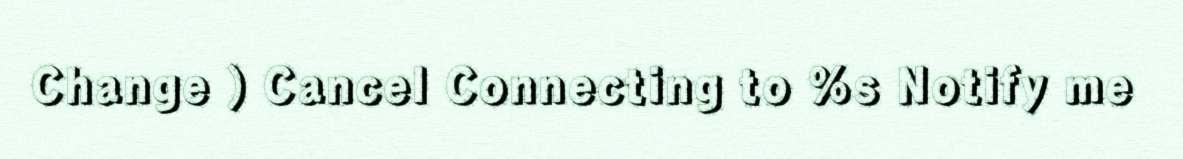
Change ) Cancel Connecting to %s Notify me